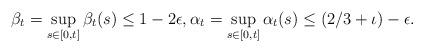
LaTeX: \begin{align*}\beta_t = \sup_{s\in[0, t]}\beta_t(s) \leq 1-2\epsilon, \alpha_t = \sup_{s\in[0, t]}\alpha_t(s) \leq (2/3+\iota)- \epsilon. \end{align*}